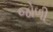
જોળી